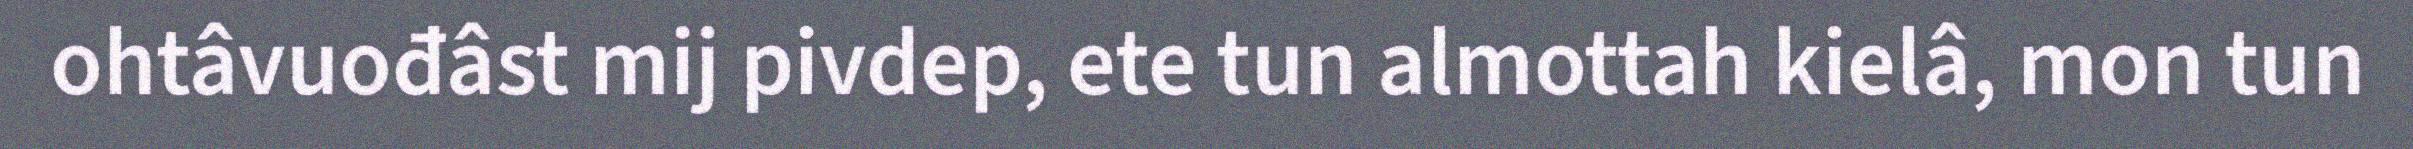
ohtâvuođâst mij pivdep, ete tun almottah kielâ, mon tun